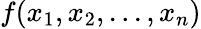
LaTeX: f(x_{1},x_{2},...,x_{n})